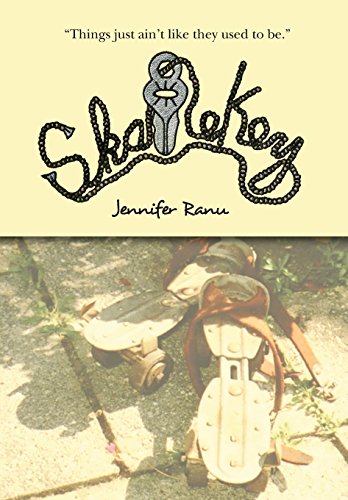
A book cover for SkateKey; Jennifer Ranu; Sports & Outdoors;